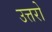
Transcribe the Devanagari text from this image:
उत्तरो